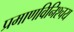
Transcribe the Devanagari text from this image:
प्रमाणविनिश्चय